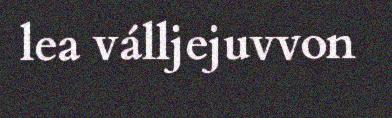
lea válljejuvvon